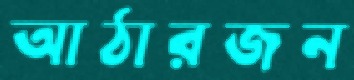
আঠারজন